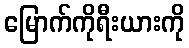
မြောက်ကိုရီးယားကို